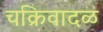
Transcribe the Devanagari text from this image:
चक्रिवादळ